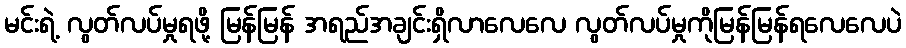
မင်းရဲ့ လွတ်လပ်မှုရဖို့ မြန်မြန် အရည်အချင်းရှိလာလေလေ လွတ်လပ်မှုကိုမြန်မြန်ရလေလေပဲ